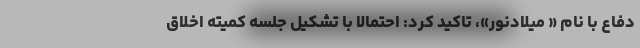
دفاع با نام « میلادنور»، تاکید کرد: احتمالا با تشکیل جلسه کمیته اخلاق